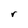
Character: r